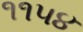
૧૧૫૪